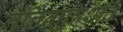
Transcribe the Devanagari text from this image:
ललितात्रिशति